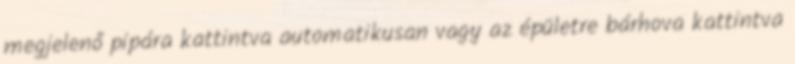
megjelenő pipára kattintva automatikusan vagy az épületre bárhova kattintva